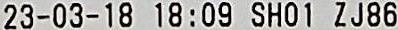
23-03-18 18:09 SH01 ZJ86